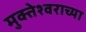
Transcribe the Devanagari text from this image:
मुक्तेश्वराच्या